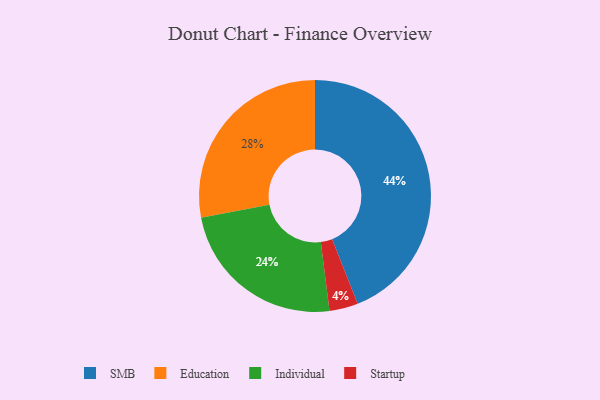
{"axis": {"x": "Category", "y": "Percentage"}, "legend": ["Education", "Individual", "SMB", "Startup"], "data": [{"x": "Education", "y": 28, "type": "Education"}, {"x": "SMB", "y": 44, "type": "SMB"}, {"x": "Startup", "y": 4, "type": "Startup"}, {"x": "Individual", "y": 24, "type": "Individual"}]}